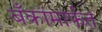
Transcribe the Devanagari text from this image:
बँकांमार्फत